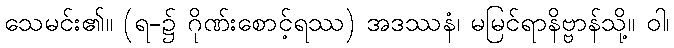
သေမင်း၏။ (ရ-၌ ဂိုဏ်းစောင့်ရဿ) အဒဿနံ၊ မမြင်ရာနိဗ္ဗာန်သို့။ ဝါ၊